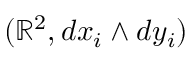
( \mathbb { R } ^ { 2 } , d x _ { i } \wedge d y _ { i } )